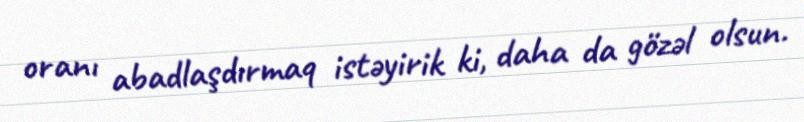
oranı abadlaşdırmaq istəyirik ki, daha da gözəl olsun.